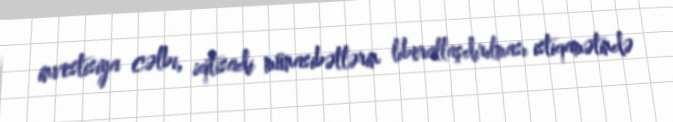
investisiya cəlbi, iqtisadi münasibətlərin liberallaşdırılması istiqamətində